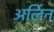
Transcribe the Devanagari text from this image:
अर्लिन